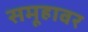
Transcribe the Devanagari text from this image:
समूहावर